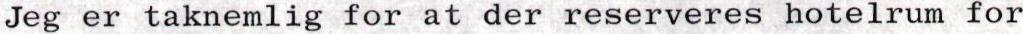
Jeg er taknemlig for at der reserveres hotelrum for